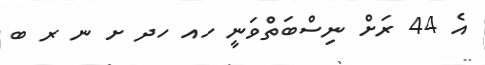
އެ 44 ރަށް ނިސްބަތްވަނީ ހއ ހދ ށ ނ ރ ބ